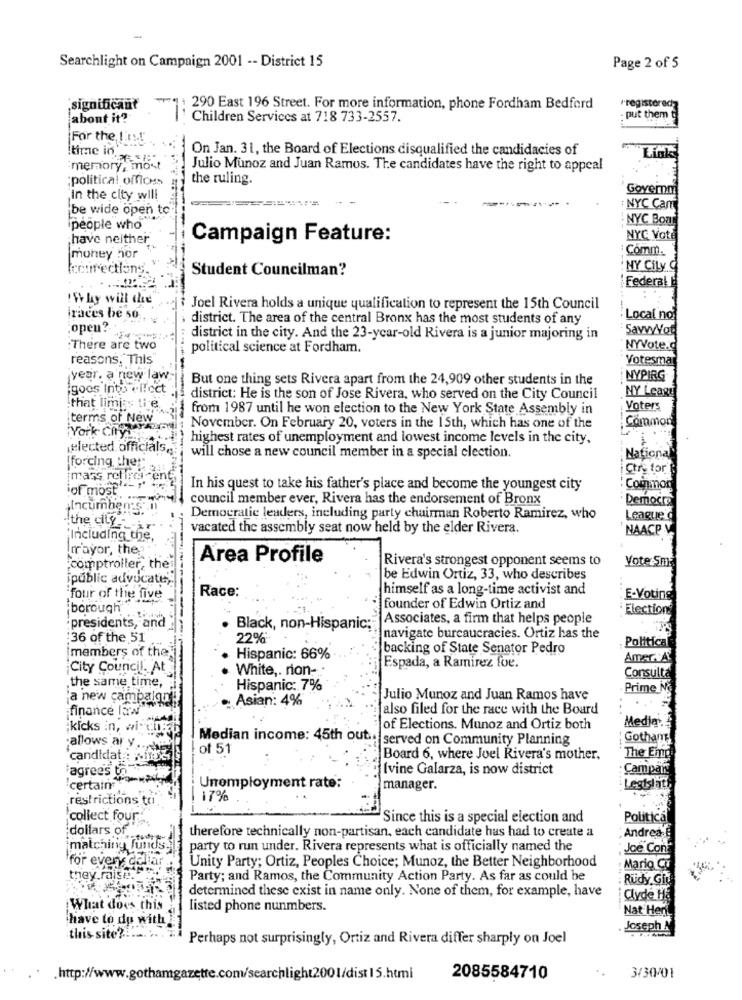
Searchlight on Campaign 2001 -- District 15
Page 2 of 5
significant
""" : 290 East 196 Street. For more information, phone Fordham Bedford
rregisteredz
about it?
Children Services at 718 733-2557.
put them t
For the LIE
On Jan. 31, the Board of Elections disqualified the candidacies of
Itime inexigi
Link
memory, most
Julio Munoz and Juan Ramos. The candidates have the right to appeal
;political offices
the ruling.
Govemm
in the city will
be wide open to
NYC Cam
NYC Boar
ipeople who
have neither
Campaign Feature:
NYC Vote
:Comm.
money hor
Icet ections.
Student Councilman?
NY CiLy q
Federal
! Why will the
Joel Rivera holds a unique qualification to represent the 15th Council
iraces be so
district. The area of the central Bronx has the most students of any
Local no
.open ?-
SavvyYoğ
district in the city. And the 23-year-old Rivera is a junior majoring in
:There are two
political science at Fordham.
NYVote.d
reasons, This
Votesmar
year. a new law-
But one thing sets Rivera apart from the 24,909 other students in the
NYPIRG
goes Into effect
district: He is the son of Jose Rivera, who served on the City Council
NY Leagy
that limits the.
from 1987 until he won election to the New York State Assembly in
Voters
terms of New
York City
November. On February 20, voters in the 15th, which has one of the
Common
highest rates of unemployment and lowest income levels in the city.
elected officials,
will chose a new council member in a special election.
National
forcing ther
Ctry tor
mars refiro
iof most
In his quest to take his father's place and become the youngest city
Common
council member ever, Rivera has the endorsement of Bronx
· Democra
Incumben's
Democratic leaders, including party chairman Roberto Ramirez, who
League
the city_ ar
vacated the assembly seat now held by the elder Rivera.
NAACP V.
'Including the
rrayor, the
Area Profile
Rivera's strongest opponent seems to
comptroller, the
Vote Sma
public advocate,
be Edwin Ortiz, 33, who describes
Race:
himself as a long-time activist and
four of the five
E-Voting
borough"
founder of Edwin Ortiz and
Election
Associates, a firm that helps people
presidents, and
Black, non-Hispanic;
:36 of the 51
22%*
navigate bureaucracies. Ortiz has the
Political
imembers of the
backing of State Senator Pedro
Hispanic: 66%
AmerVA
¡City Council. At
White ,. rion-
Espada, a Ramirez for.
Consulta
.the same time,
Hispanic: 7%
Prime No
"a new campaign
Asian: 4%
Julio Munoz and Juan Ramos have
finance law
falso filed for the race with the Board
;kicks in, wi- dog
of Elections. Munoz and Ortiz both
Media
Median income: 45th outs served on Community Planning
Gotham
allows ar y ..
of 51
candidat : „it
Board 6, where Joel Rivera's mother,
The Eng
agrees to
Ivine Galarza, is now district
Campan
"certain
Unemployment rate:
manager.
Legtslat
restrictions to
17%
collect four"
Since this is a special election and
Political
dollars of
Andrea E
therefore technically non-partisan, each candidate has had to create a
matching funds.
party to run under. Rivera represents what is officially named the
Joe Con
for every callar
Unity Party; Ortiz, Peoples Choice; Munoz, the Better Neighborhood
Mario Cu
they raise.
Party; and Ramos, the Community Action Party. As far as could be
: Rudy Giu
determined these exist in name only. None of them, for example, have
Clyde Ha
What does this
listed phone nunmbers.
Nat Her
have to du wit
Joseph A
this site ?. ... .. . "
Perhaps not surprisingly, Ortiz and Rivera differ sharply on Joel
http://www.gothamgazette.com/searchlight200l/dist 15.html
2085584710
3/30/01